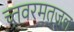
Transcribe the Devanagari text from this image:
च्तवरमतजल